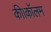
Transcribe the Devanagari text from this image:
की।कॉलम